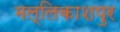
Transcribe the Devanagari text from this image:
मल्लिकाशपुर